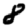
Digit: 8